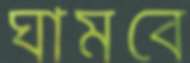
ঘামবে